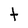
Character: t